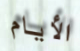
الأيام